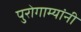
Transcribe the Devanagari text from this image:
पुरोगाम्यांनी